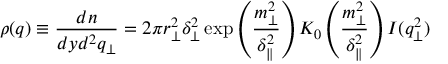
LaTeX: \rho ( q ) \equiv \frac { d n } { d y d ^ { 2 } q _ { \perp } } = 2 \pi r _ { \perp } ^ { 2 } \delta _ { \perp } ^ { 2 } \exp \left( \frac { m _ { \perp } ^ { 2 } } { \delta _ { \parallel } ^ { 2 } } \right) K _ { 0 } \left( \frac { m _ { \perp } ^ { 2 } } { \delta _ { \parallel } ^ { 2 } } \right) I ( q _ { \perp } ^ { 2 } )